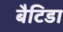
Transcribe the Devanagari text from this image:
बैटिडा